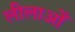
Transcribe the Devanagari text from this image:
लीलाओँ